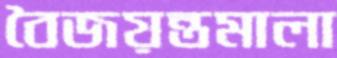
বৈজয়ন্তমালা